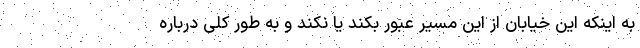
به اینکه این خیابان از این مسیر عبور بکند یا نکند و به طور کلی درباره